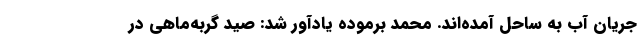
جریان آب به ساحل آمده‌اند. محمد برموده یادآور شد: صید گربه‌ماهی در